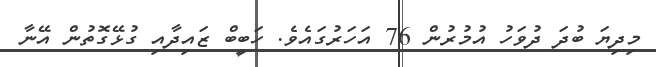
މިދިޔަ ބުދަ ދުވަހު އުމުރުން 76 އަހަރުގައެވެ. ހަބީބް ޒައިދާއި ގުޅޭގޮތުން އޭނާ